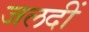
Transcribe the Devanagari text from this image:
जलदीं